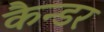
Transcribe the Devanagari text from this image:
कैन्डर